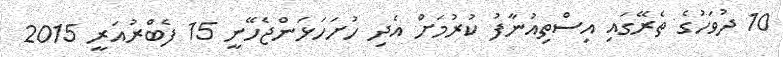
10 ދުވަހުގެ ތެރޭގައި އިސްތިއުނާފު ކުރުމަށް އެދި ހުށަހަޅަންޖެހޭނީ 15 ފެބްރުއަރީ 2015